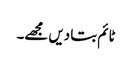
ٹائم بتا دیں مجھے۔